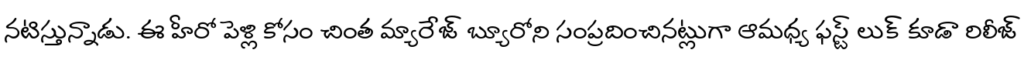
నటిస్తున్నాడు. ఈ హీరో పెళ్లి కోసం చింత మ్యారేజ్ బ్యూరోని సంప్రదించినట్లుగా ఆమధ్య ఫస్ట్ లుక్ కూడా రిలీజ్